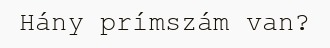
Hány prímszám van?